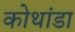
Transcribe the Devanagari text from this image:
कोथांडा